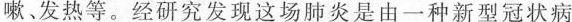
嗽﹑发热等。经研究发现这场肺炎是由一种新型冠状病